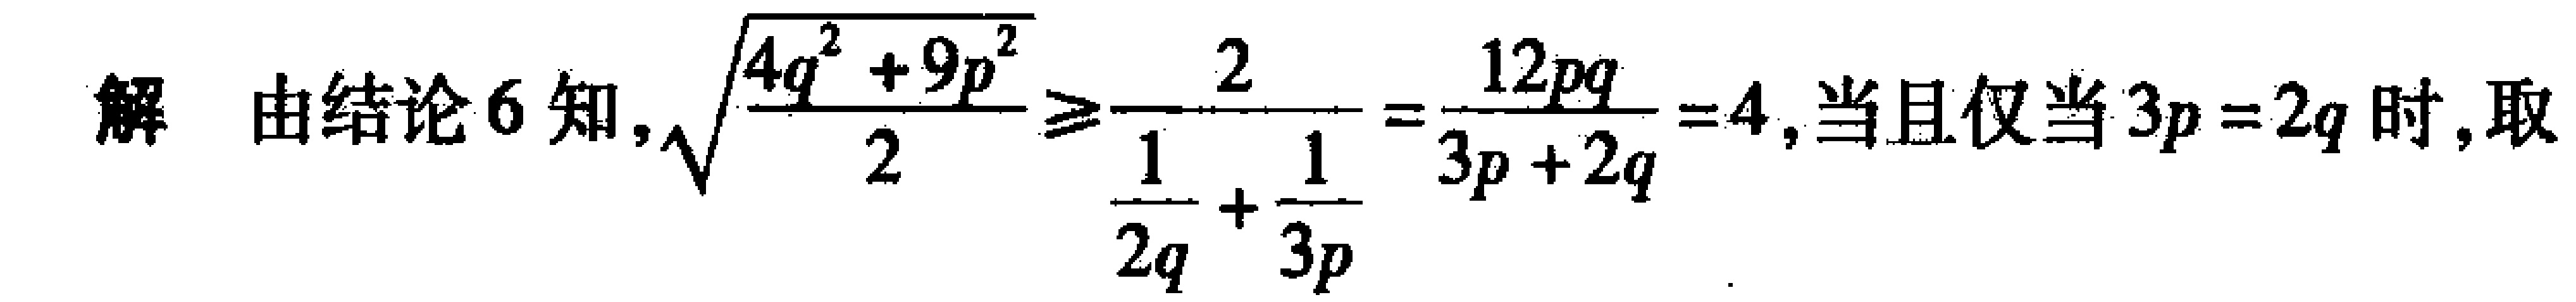
解 由结论 6 知, $\sqrt{\frac{4q^{2} + 9p^{2}}{2}} \geq \frac{2}{\frac{1}{2q} + \frac{1}{3p}} = \frac{12pq}{3p + 2q} = 4$, 当且仅当 $3p = 2q$ 时, 取